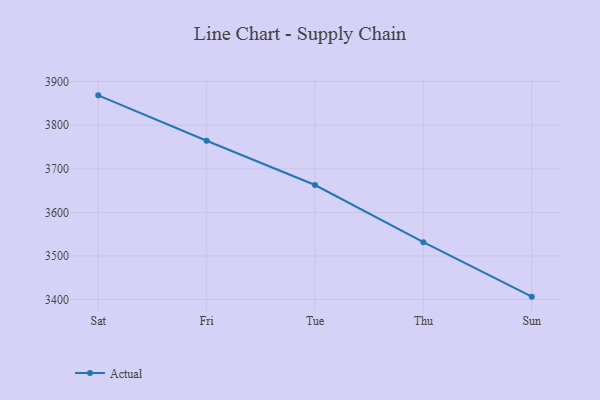
{"axis": {"x": "Day", "y": "Active Users"}, "legend": ["Actual"], "data": [{"x": "Sat", "y": 3868.3, "type": "Actual"}, {"x": "Fri", "y": 3764.1, "type": "Actual"}, {"x": "Tue", "y": 3662.7, "type": "Actual"}, {"x": "Thu", "y": 3531.6, "type": "Actual"}, {"x": "Sun", "y": 3406.7, "type": "Actual"}]}